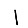
Digit: 1